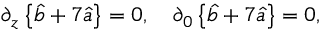
\partial _ { z } \left\{ \hat { b } + 7 \hat { a } \right\} = 0 , \quad \partial _ { 0 } \left\{ \hat { b } + 7 \hat { a } \right\} = 0 ,